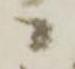
ニ